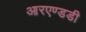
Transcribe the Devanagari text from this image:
आरएण्डडी